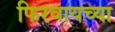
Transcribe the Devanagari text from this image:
फिरवायच्या